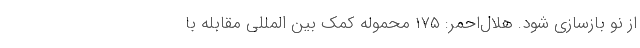
از نو بازسازی شود. هلال‌احمر: ۱۷۵ محموله کمک بین المللی مقابله با